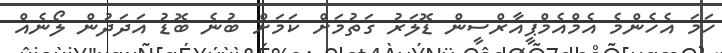
ހަމަ އެހެންމެ އެމްއެމްޕީއާރްސީން ޑޮލަރު ގަތުމަށް ކަމަށް ބުނެ ބޮޑު އަދަދުން ލޯނެއް